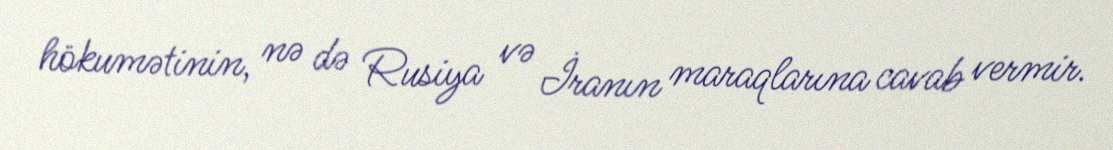
hökumətinin, nə də Rusiya və İranın maraqlarına cavab vermir.